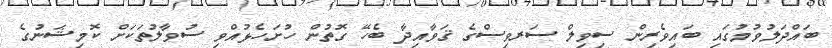
ބައްދަލުވުމުގައި ބައިވެރިން ސިވިލް ސަރވިސްގެ ޤަވާއިދާ ބެހޭ ގޮތުން ހުށަހެޅުއްވި ސުވާލުތަކަށް ކޮމިޝަނުގެ